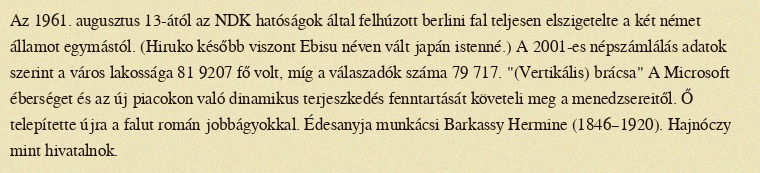
Az 1961. augusztus 13-ától az NDK hatóságok által felhúzott berlini fal teljesen elszigetelte a két német államot egymástól. (Hiruko később viszont Ebisu néven vált japán istenné.) A 2001-es népszámlálás adatok szerint a város lakossága 81 9207 fő volt, míg a válaszadók száma 79 717. "(Vertikális) brácsa" A Microsoft éberséget és az új piacokon való dinamikus terjeszkedés fenntartását követeli meg a menedzsereitől. Ő telepítette újra a falut román jobbágyokkal. Édesanyja munkácsi Barkassy Hermine (1846–1920). Hajnóczy mint hivatalnok.